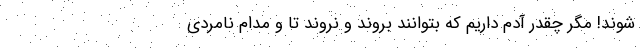
شوند! مگر چقدر آدم داریم که بتوانند بروند و نروند تا و مدام نامردی